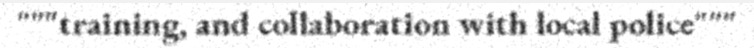
"""training, and collaboration with local police"""